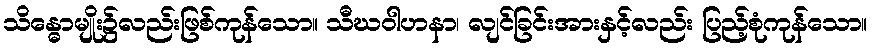
သိန္ဓောမျိုး၌လည်းဖြစ်ကုန်သော။ သီဃဝါဟနာ၊ လျင်ခြင်းအားနှင့်လည်း ပြည့်စုံကုန်သော။